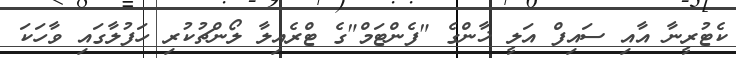
ކެޓުރީނާ އާއި ސައިފް އަލީ ޚާންގެ "ފެންޓަމް"ގެ ޓްރެއިލާ ލޯންޗުކުރި ހަފުލާގައި ވާހަކަ